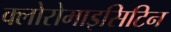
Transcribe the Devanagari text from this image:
क्लोरोमाइसिटिन